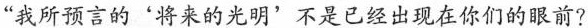
“我所预言的'将来的光明’不是已经出现在你们的眼前?